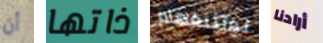
أن ذاتها نوتينغهام أرادنا